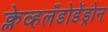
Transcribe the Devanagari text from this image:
क्लेव्हलँडोडेंड्रोन